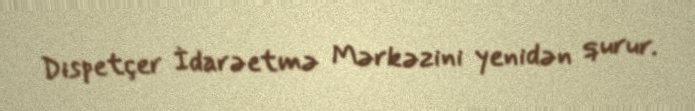
Dispetçer İdarəetmə Mərkəzini yenidən qurur.